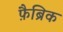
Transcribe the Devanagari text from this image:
फ़ैब्रिक